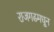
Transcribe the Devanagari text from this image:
राजगढमधून